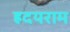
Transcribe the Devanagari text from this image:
ह्रदयराम